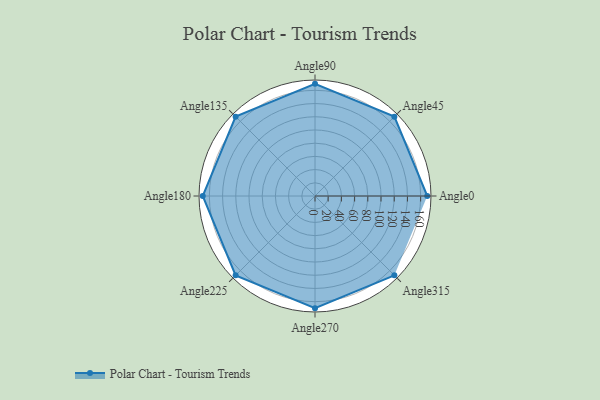
{"axis": {"x": "Angle", "y": "Radius"}, "legend": [""], "data": [{"x": "Angle0", "y": 170, "type": ""}, {"x": "Angle45", "y": 170, "type": ""}, {"x": "Angle90", "y": 170, "type": ""}, {"x": "Angle135", "y": 170, "type": ""}, {"x": "Angle180", "y": 170, "type": ""}, {"x": "Angle225", "y": 170, "type": ""}, {"x": "Angle270", "y": 170, "type": ""}, {"x": "Angle315", "y": 170, "type": ""}]}